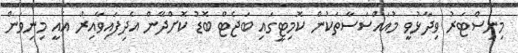
މިނިސްޓަރު ވިދާޅުވީ މުއައްސަސާތަކުން ކޮމިޓީގައި ބަޖެޓް ބޮޑު ކޮށްދޭން އެދިފައިވާއިރު އެއީ މިނިވަން